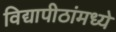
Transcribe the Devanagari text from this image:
विद्यापीठांमध्‍ये